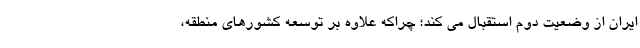
ایران از وضعیت دوم استقبال می کند؛ چراکه علاوه بر توسعه کشورهای منطقه،